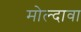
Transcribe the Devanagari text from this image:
मोल्दावा